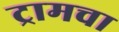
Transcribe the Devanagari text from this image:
ट्रामचा